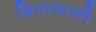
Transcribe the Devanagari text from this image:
विनापाणी